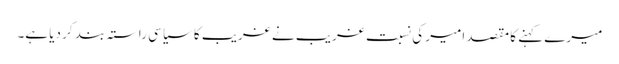
میرے کہنے کا مقصد امیر کی نسبت غریب نے غریب کا سیاسی راستہ بند کر دیا ہے۔